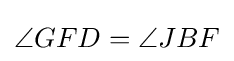
\angle GFD=\angle JBF